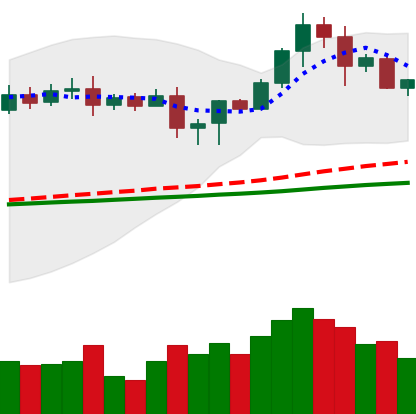
Ticker: LTC-USD
Chart end date: 2020-08-22
Forward return: -7.08%
Label: down_7plus